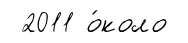
2011 о́коло